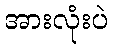
အားလုံးပဲ